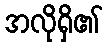
အလိုရှိ၏